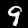
Label: 9